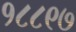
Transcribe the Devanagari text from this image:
१८८९७